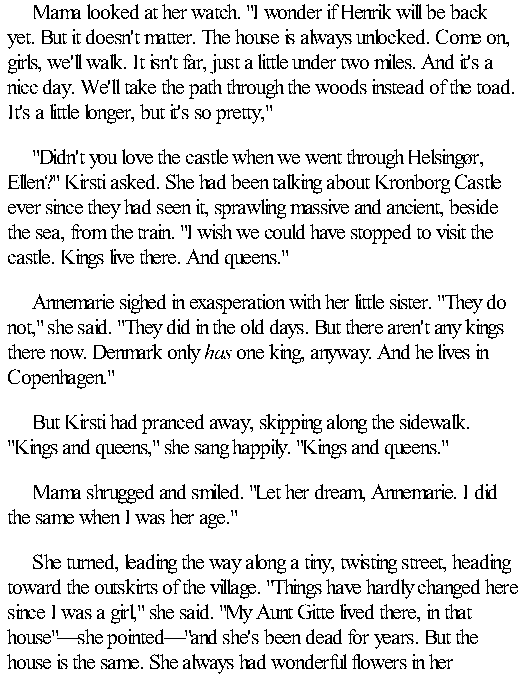
Mama looked at her watch. "I wonder if Henrik will be back
 yet. But it doesn't matter. The house is always unlocked. Come on,
 girls, we'll walk. It isn't far, just a little under two miles. And it's a
 nicc day. We'll take the path through the woods instead of the toad.
 It's a little longer, but it's so pretty,"
 "Didn't you love the castle when we went through Helsingør,
 Ellen?" Kirsti asked. She had been talking about Kronborg Castle
 ever since they had seen it, sprawling massive and ancient, beside
 the sea, from the train. "I wish we could have stopped to visit the
 castle. Kings live there. And queens."
 Annemarie sighed in exasperation with her little sister. "They do
 not," she said. "They did in the old days. But there aren't any kings
 there now. Denmark only has one king, anyway. And he lives in
 Copenhagen."
 But Kirsti had pranced away, skipping along the sidewalk.
 "Kings and queens," she sang happily. "Kings and queens."
 Mama shrugged and smiled. "Let her dream, Annemarie. I did
 the same when I was her age."
 She turned, leading the way along a tiny, twisting street, heading
 toward the outskirts of the village. "Things have hardly changed here
 since I was a girl," she said. "My Aunt Gitte lived there, in that
 house"—she pointed—"and she's been dead for years. But the
 house is the same. She always had wonderful flowers in her